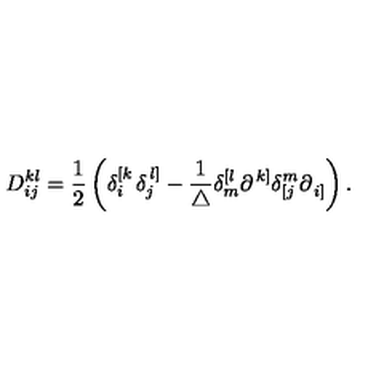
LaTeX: D _ { i j } ^ { k l } = \frac 1 2 \left( \delta _ { i } ^ { \left[ k \right. } \delta _ { j } ^ { \left. l \right] } - \frac 1 { \triangle } \delta _ { m } ^ { \left[ l \right. } \partial _ { } ^ { \left. k \right] } \delta _ { \left[ j \right. } ^ { m } \partial _ { \left. i \right] } ^ { } \right) .